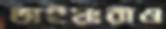
ভাইয়ারাও